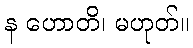
န ဟောတိ၊ မဟုတ်။